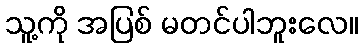
သူ့ကို အပြစ် မတင်ပါဘူးလေ။